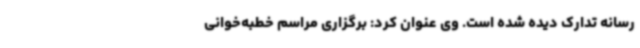
رسانه تدارک دیده شده ‌است. وی عنوان کرد: برگزاری مراسم خطبه‌خوانی